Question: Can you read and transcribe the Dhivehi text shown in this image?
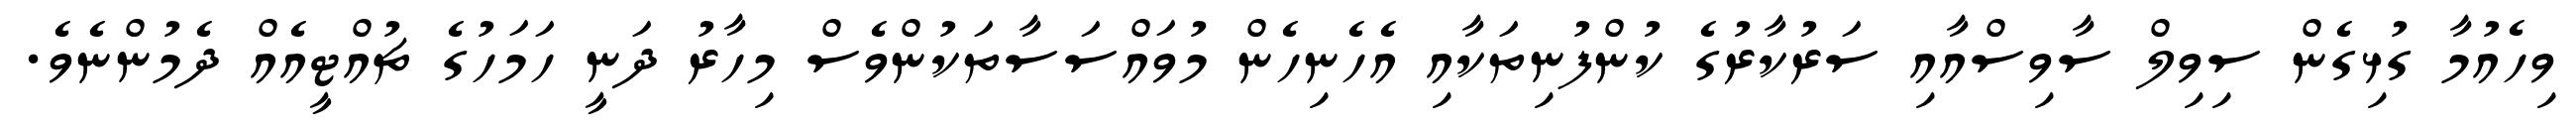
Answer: ވިހެއުމާ ގުޅިގެން ސިވިލް ސާވިސްއާއި ސަރުކާރުގެ ކުންފުނިތަކާއި އެހެނިހެން މުވައްސަސާތަކުންވެސް މިހާރު ދަނީ ހަމަހުގެ ޗުއްޓީއެއް ދެމުންނެވެ.